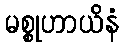
မစ္စုဟာယိနံ